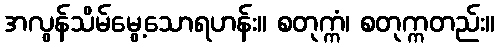
အလွန်သိမ်မွေ့သောရဟန်း။ စတုက္ကံ၊ စတုက္ကတည်း။